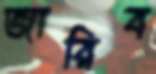
জারিব